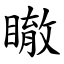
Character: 瞮